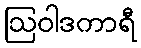
ဩဝါဒကာရီ